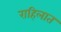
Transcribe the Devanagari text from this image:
राहिलात